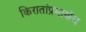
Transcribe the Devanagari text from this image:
किरातांप्रमाणेच